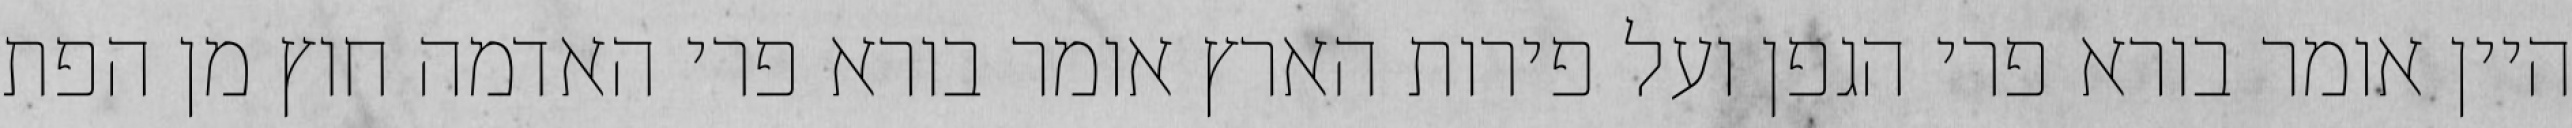
היין אומר בורא פרי הגפן ועל פירות הארץ אומר בורא פרי האדמה חוץ מן הפת